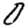
Digit: 0